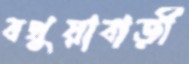
বথুয়াবাড়ী